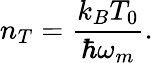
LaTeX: n_{T}=\frac{k_{B}T_{0}}{\hbar\omega_{m}}.